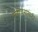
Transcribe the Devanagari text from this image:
संबोधनासाठी